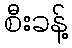
စီးခန့်